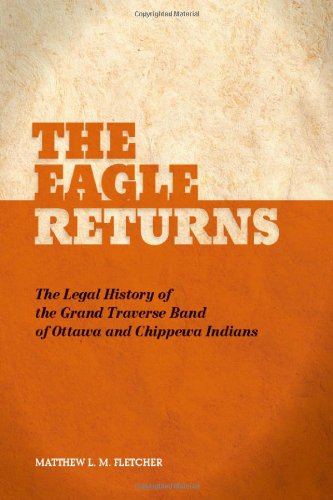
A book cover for The Eagle Returns: The Legal History of the Grand Traverse Band of Ottawa and Chippewa Indians; Matthew L.M. Fletcher; Law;